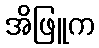
အိဖြူက